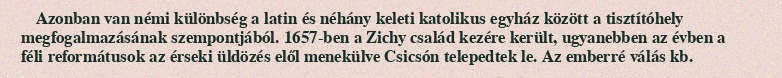
Azonban van némi különbség a latin és néhány keleti katolikus egyház között a tisztítóhely megfogalmazásának szempontjából. 1657-ben a Zichy család kezére került, ugyanebben az évben a féli reformátusok az érseki üldözés elől menekülve Csicsón telepedtek le. Az emberré válás kb.